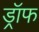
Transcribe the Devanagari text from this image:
ड्रॉफ